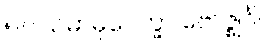
၅။	သမာဓုပေက္ခာ ဗောဇ္ဈင်္ဂါ၊